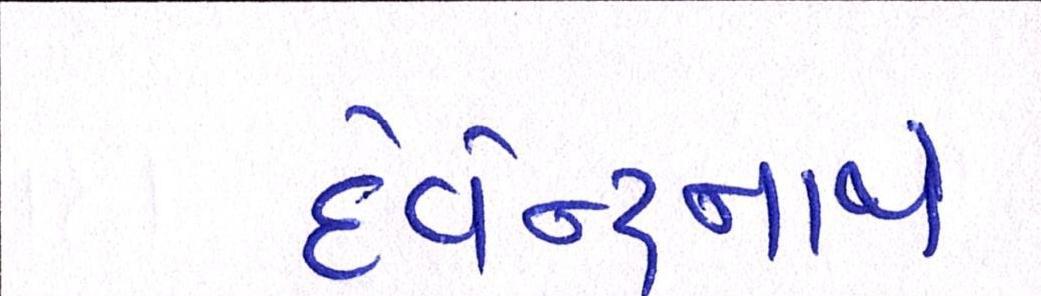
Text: દેવેન્દ્રનાથે